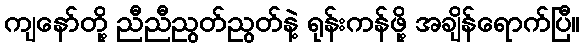
ကျနော်တို့ ညီညီညွတ်ညွတ်နဲ့ ရုန်းကန်ဖို့ အချိန်ရောက်ပြီ။